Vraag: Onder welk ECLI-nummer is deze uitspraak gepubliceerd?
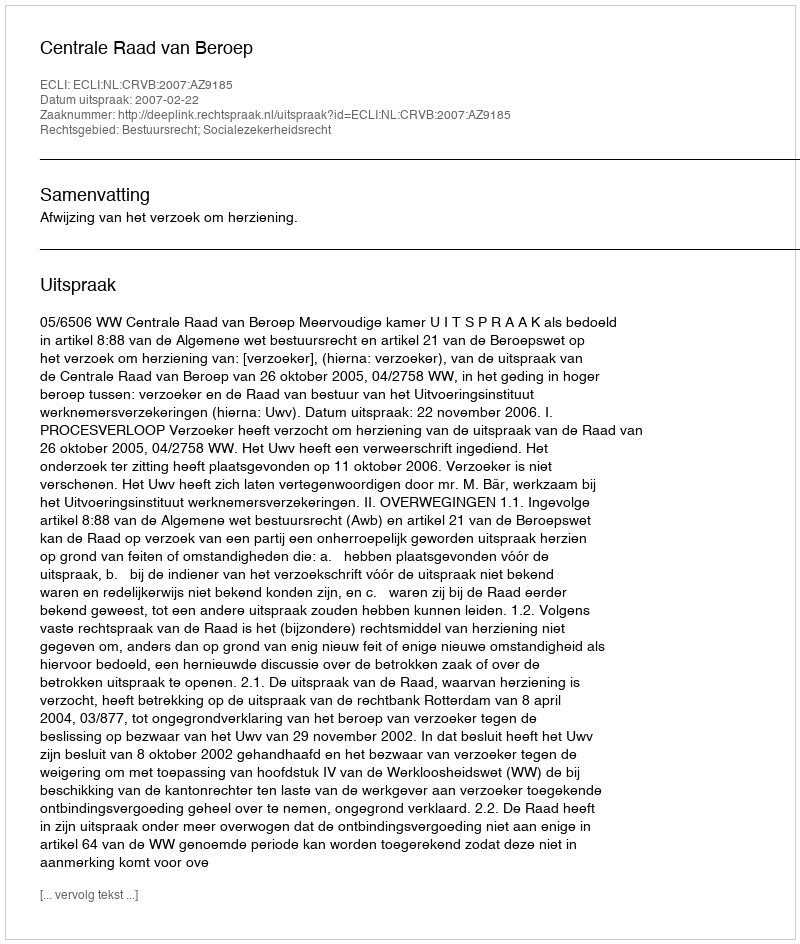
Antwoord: ECLI:NL:CRVB:2007:AZ9185